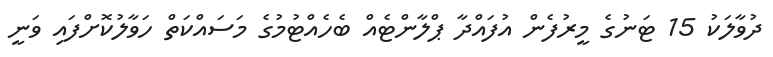
ދުވާލަކު 15 ޓަނުގެ މީރުފެން އުފައްދާ ޕްލާންޓެއް ބެހެއްޓުމުގެ މަސައްކަތް ހަވާލުކޮށްފައި ވަނީ